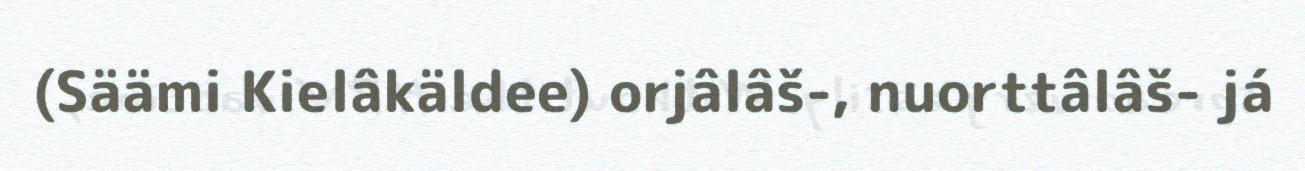
(Säämi Kielâkäldee) orjâlâš-, nuorttâlâš- já